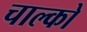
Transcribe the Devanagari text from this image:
चाल्को